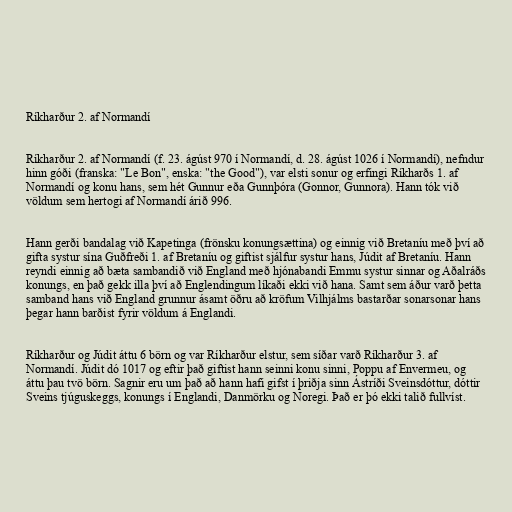
Ríkharður 2. af Normandí

Ríkharður 2. af Normandí (f. 23. ágúst 970 í Normandí, d. 28. ágúst 1026 í Normandí), nefndur
hinn góði (franska: "Le Bon", enska: "the Good"), var elsti sonur og erfingi Ríkharðs 1. af
Normandí og konu hans, sem hét Gunnur eða Gunnþóra (Gonnor, Gunnora). Hann tók við
völdum sem hertogi af Normandí árið 996.

Hann gerði bandalag við Kapetinga (frönsku konungsættina) og einnig við Bretaníu með því að
gifta systur sína Guðfreði 1. af Bretaníu og giftist sjálfur systur hans, Júdit af Bretaníu. Hann
reyndi einnig að bæta sambandið við England með hjónabandi Emmu systur sinnar og Aðalráðs
konungs, en það gekk illa því að Englendingum líkaði ekki við hana. Samt sem áður varð þetta
samband hans við England grunnur ásamt öðru að kröfum Vilhjálms bastarðar sonarsonar hans
þegar hann barðist fyrir völdum á Englandi.

Ríkharður og Júdit áttu 6 börn og var Ríkharður elstur, sem síðar varð Ríkharður 3. af
Normandí. Júdit dó 1017 og eftir það giftist hann seinni konu sinni, Poppu af Envermeu, og
áttu þau tvö börn. Sagnir eru um það að hann hafi gifst í þriðja sinn Ástríði Sveinsdóttur, dóttir
Sveins tjúguskeggs, konungs í Englandi, Danmörku og Noregi. Það er þó ekki talið fullvíst.